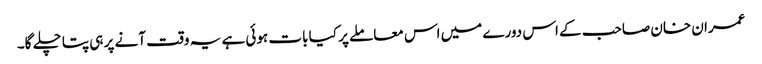
عمران خان صاحب کے اس دورے میں اس معاملے پر کیا بات ہوئی ہے یہ وقت آنے پر ہی پتا چلے گا۔